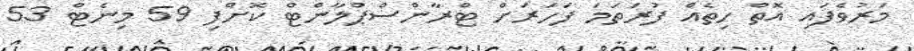
މަރުވެފައި އޮތް ހިތެއް ފުރަތަމަ ފަހަރަށް ޓްރާންސްޕްލާންޓް ކޮށްފި 59 މިނެޓް 53